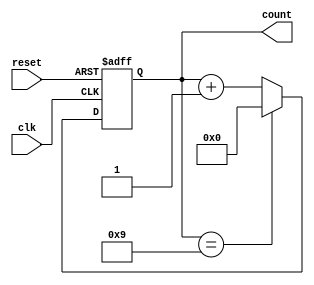
module BCD_Counter (
    input wire clk,          // Clock input
    input wire reset,        // Asynchronous reset input
    output reg [3:0] count   // 4-bit output for BCD count
);

// Always block triggered on the rising edge of the clock or when reset is active
always @(posedge clk or posedge reset) begin
    if (reset) begin
        count <= 4'b0000;  // Reset the count to 0
    end else begin
        if (count == 4'b1001) begin
            count <= 4'b0000;  // Reset to 0 after reaching 9
        end else begin
            count <= count + 1; // Increment the count
        end
    end
end

endmodule